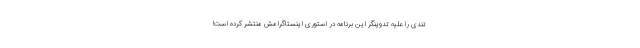
تندی را علیه تدوینگر این برنامه در استوری اینستاگرامش منتشر کرده است!